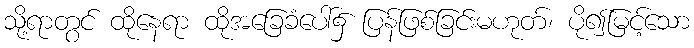
သို့ရာတွင် ထိုနေရာ ထိုအခြေခံပေါ်၌ ပြန်ဖြစ်ခြင်းမဟုတ်၊ ပို၍မြင့်သော